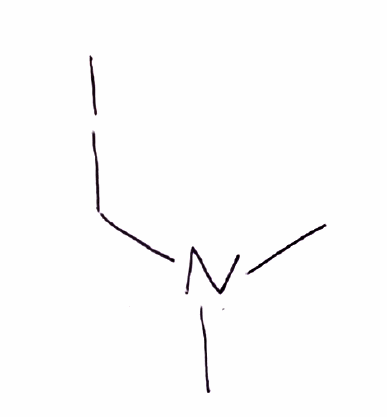
Simplified molecular-input line-entry system (SMILES) notation of the given molecule:
CN(C)CI